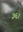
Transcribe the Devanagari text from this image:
३६।